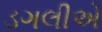
ડગલીએ